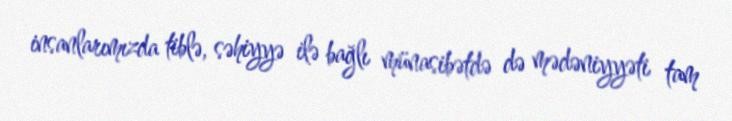
insanlarımızda tiblə, səhiyyə ilə bağlı münasibətdə də mədəniyyəti tam